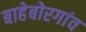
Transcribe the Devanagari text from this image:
बाहेबोरगांव